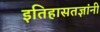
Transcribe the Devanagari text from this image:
इतिहासतज्ञांनी